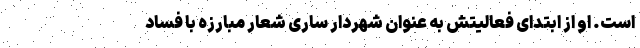
است. او از ابتدای فعالیتش به عنوان شهردار ساری شعار مبارزه با فساد